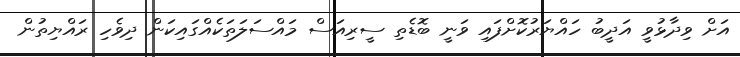
އަށް ވިދާޅުވީ އަދީބު ހައްޔަރުކޮށްފައި ވަނީ ބޮޑެތި ސީރިއަސް މައްސަލަތަކެއްގައިކަން ދިވެހި ރައްޔިތުން